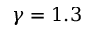
\gamma = 1 . 3